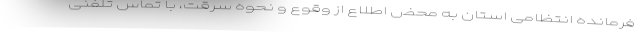
فرمانده انتظامی استان به محض اطلاع از وقوع و نحوه سرقت، با تماس تلفنی